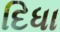
દિધા